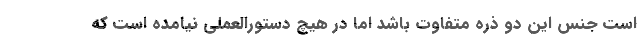
است جنس این دو ذره متفاوت باشد اما در هیچ دستورالعملی نیامده است که